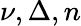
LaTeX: \nu,\Delta,n